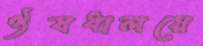
ঔষধালয়ে